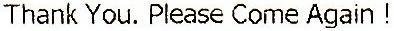
THANK YOU. PLEASE COME AGAIN !